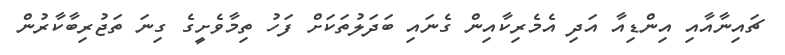
ޗައިނާއާއި އިންޑިއާ އަދި އެމެރިކާއިން ގެނައި ބަދަލުތަކަށް ފަހު ތިމާވެށީގެ ގިނަ ތަޖުރިބާކާރުން